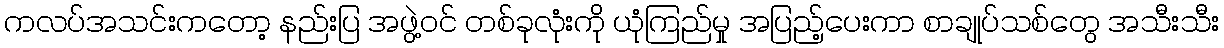
ကလပ်အသင်းကတော့ နည်းပြ အဖွဲ့ဝင် တစ်ခုလုံးကို ယုံကြည်မှု အပြည့်ပေးကာ စာချုပ်သစ်တွေ အသီးသီး